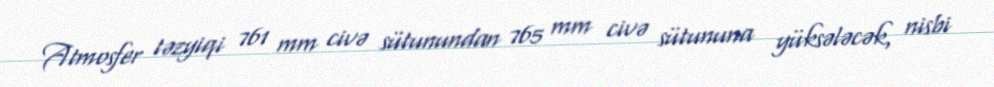
Atmosfer təzyiqi 761 mm civə sütunundan 765 mm civə sütununa yüksələcək, nisbi